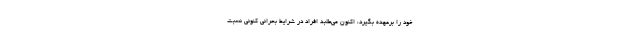
خود را برعهده بگیرد، اکنون می‌طلبد افراد در شرایط بحرانی کنونی نسبت